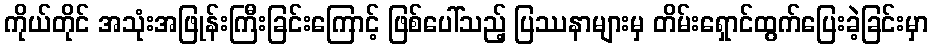
ကိုယ်တိုင် အသုံးအဖြုန်းကြီးခြင်းကြောင့် ဖြစ်ပေါ်သည့် ပြဿနာများမှ တိမ်းရှောင်ထွက်ပြေးခဲ့ခြင်းမှာ